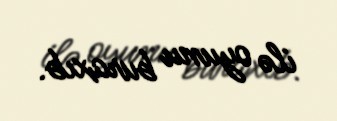
ilə oyunu buraxıb.